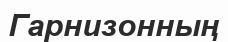
Гарнизонның